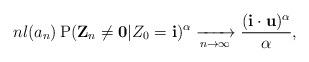
LaTeX: \begin{align*} n l(a_n)\operatorname{P}(\mathbf Z_n \neq \mathbf 0| Z_0 = \mathbf i)^\alpha\xrightarrow[n\to \infty]{}\frac{(\mathbf i \cdot \mathbf u)^\alpha}\alpha,\end{align*}